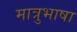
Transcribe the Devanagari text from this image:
मात्रुभाषा